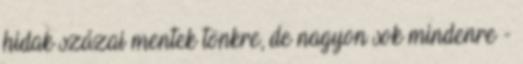
hidak százai mentek tönkre, de nagyon sok mindenre -